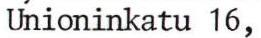
Unioninkatu 16,